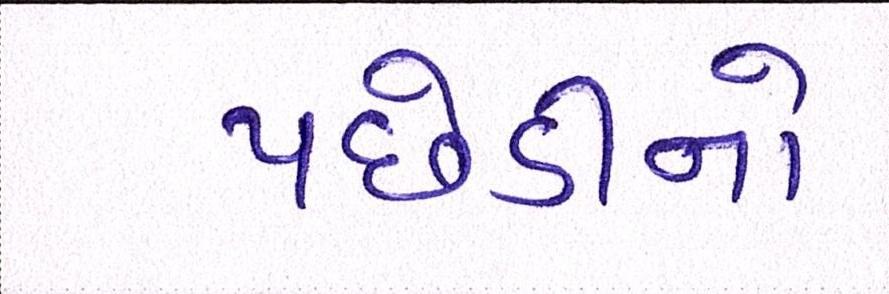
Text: પછેડીનો